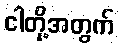
ငါတို့အတွက်